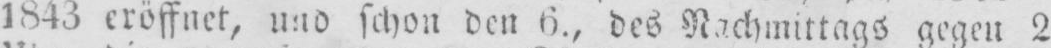
1843 eröffnet, und schon den 6., des Nachmittags gegen 2